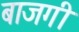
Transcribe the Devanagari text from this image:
बाजगी